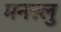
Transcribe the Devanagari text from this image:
मनस्लु